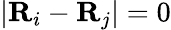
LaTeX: \lvert\mathbf{R}_{i}-\mathbf{R}_{j}\rvert=0